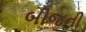
બીજની